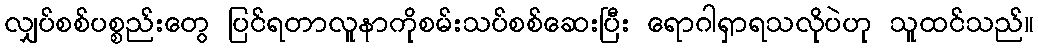
လျှပ်စစ်ပစ္စည်းတွေ ပြင်ရတာလူနာကိုစမ်းသပ်စစ်ဆေးပြီး ရောဂါရှာရသလိုပဲဟု သူထင်သည်။